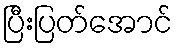
ပြီးပြတ်အောင်